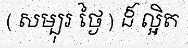
( សម្បុរ ថ្ងៃ ) ដ៏ ល្អិត